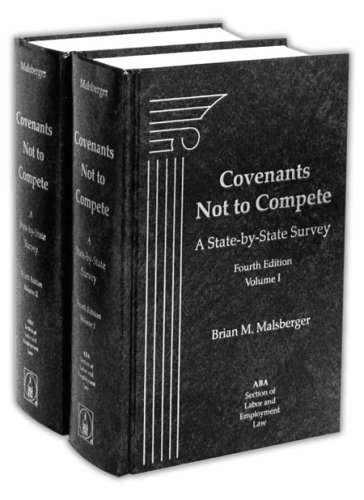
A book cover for Covenants Not To Compete: A State-by-state Survey; et al Brian M. Malsberger; Law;